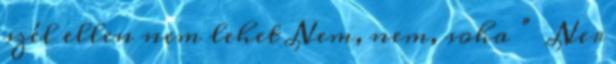
szél ellen nem lehet Nem, nem, soha ” Ner